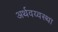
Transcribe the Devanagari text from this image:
अर्थवय्वस्था